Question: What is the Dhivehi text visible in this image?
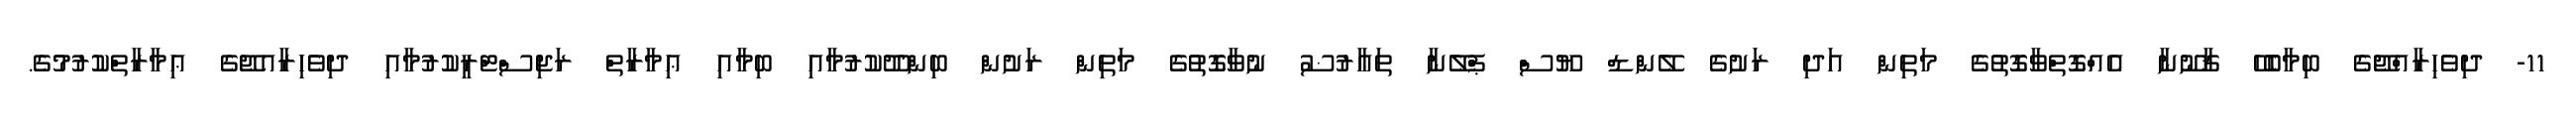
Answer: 11- ދިވެހިރާއްޖޭގެ ބިމާބެހޭ ޤާނޫނާ އެއްގޮތްވާގޮތުގެ މަތިން އަދި ރަށުގެ ލޭންޑް ޔޫސް ޕްލޭނާ ތަޢާރުޟު ނުވާގޮތުގެ މަތިން ރަށުން ބިންދޫކުރުމާއި ބިމާއި ޢިމާރާތް ރަޖިސްޓްރީކުރުމާއި ދިވެހިރާއޖޭގެ ޢިމާރާތްކުރުމުގެ.